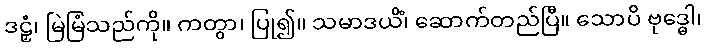
ဒဠှံ၊ မြဲမြံသည်ကို။ ကတွာ၊ ပြု၍။ သမာဒယိံ၊ ဆောက်တည်ပြီ။ သောပိ ဗုဒ္ဓေါ၊